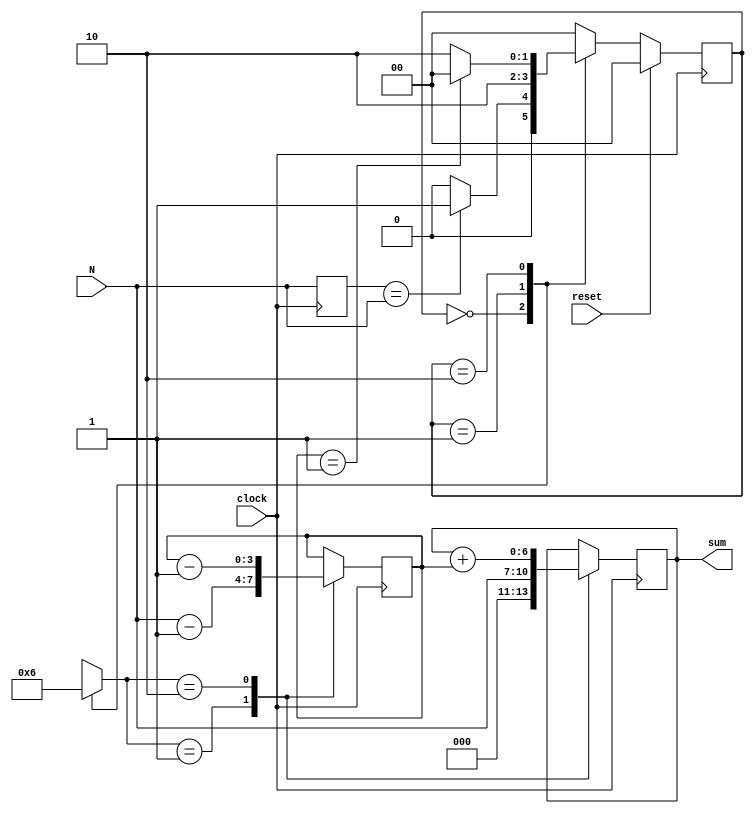
`timescale 1ns / 1ps
//////////////////////////////////////////////////////////////////////////////////
// Company: 
// 
// Design Name: 
// Module Name:    summation 
// Project Name: Summation formula
// Target Devices: 
// Tool versions: 
// Description: An implementation for the summation formula (sigma i from i = 1 to N) 
//
// Dependencies: 
//
// Revision: 
// Revision 0.01 - File Created
// Additional Comments: according to N the sum width will vary here we assume that N is  4bit wide so sum will be 7 bit 
//
//////////////////////////////////////////////////////////////////////////////////
module summation( clock,reset,N,sum);
input clock,reset;
input [3:0] N ;        
output [6:0] sum;

reg [6:0] sum;   reg [3:0] Nprev;
reg [3:0] count; reg	[1:0] state, next_state;

   // control lines
reg [1:0] Smux , Cmux ;

   //status lines
wire equal , one ;                                   

   //states
parameter [1:0] s0 = 2'b00 ,                       
s1 = 2'b01 , s2 = 2'b10 , s3 = 2'b11;   

  //data path
always@ (posedge clock)     //mux and register for sum accumlator
case (Smux)
2'h1 : sum <= N;
2'h2 : sum <= sum + count ;
endcase

always@(posedge clock)    //mux and register for counter (count down)
case (Cmux)
2'h1 : count <= N-1;
2'h2 : count <= count - 1;
endcase

assign one = (count == 1 ) ;   // a one flag so as to go back to intial state s0 when met 

   //controller
always@(posedge clock)
Nprev <= N ; 
assign equal = ( Nprev == N ) ;  // an equal flag  to intiate  

always@(posedge clock)
if (reset) state <= s0;        //when reset go to intial state s0 = 00 otherwise go to next state
else   state <= next_state;

always@(*)
casex (state)
s0: begin 
Smux = 0 ; Cmux = 0;
if (equal) next_state = s1;
else next_state = s0;
end 

s1: begin
Smux = 1 ; Cmux = 1;
next_state = s2;
end

s2: begin 
Smux = 2 ; Cmux = 2;
if (one) next_state = s0;
else next_state = s2;
end

default: begin
next_state = s0; Smux =2'hx ; Cmux = 2'hx;
end
endcase
endmodule